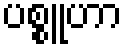
ပစ္စူဟာ